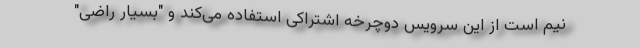
نیم است از این سرویس دوچرخه اشتراکی استفاده می‌کند و "بسیار راضی"